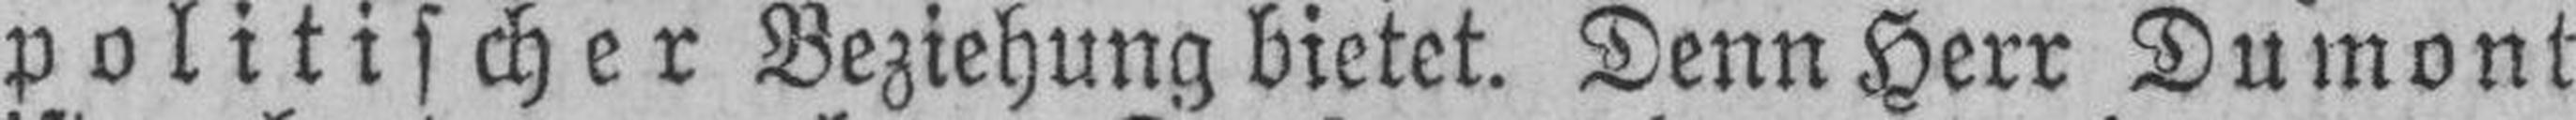
politischer Beziehung bietet. Denn Herr Dumont